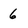
Character: 6